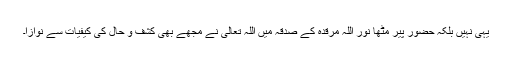
یہی نہیں بلکہ حضور پیر مٹھا نور اللہ مرقدہ کے صدقہ میں اللہ تعالیٰ نے مجھے بھی کشف و حال کی کیفیات سے نوازا۔